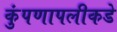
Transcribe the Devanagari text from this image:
कुंपणापलीकडे